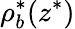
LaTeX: \rho_{b}^{*}(z^{*})